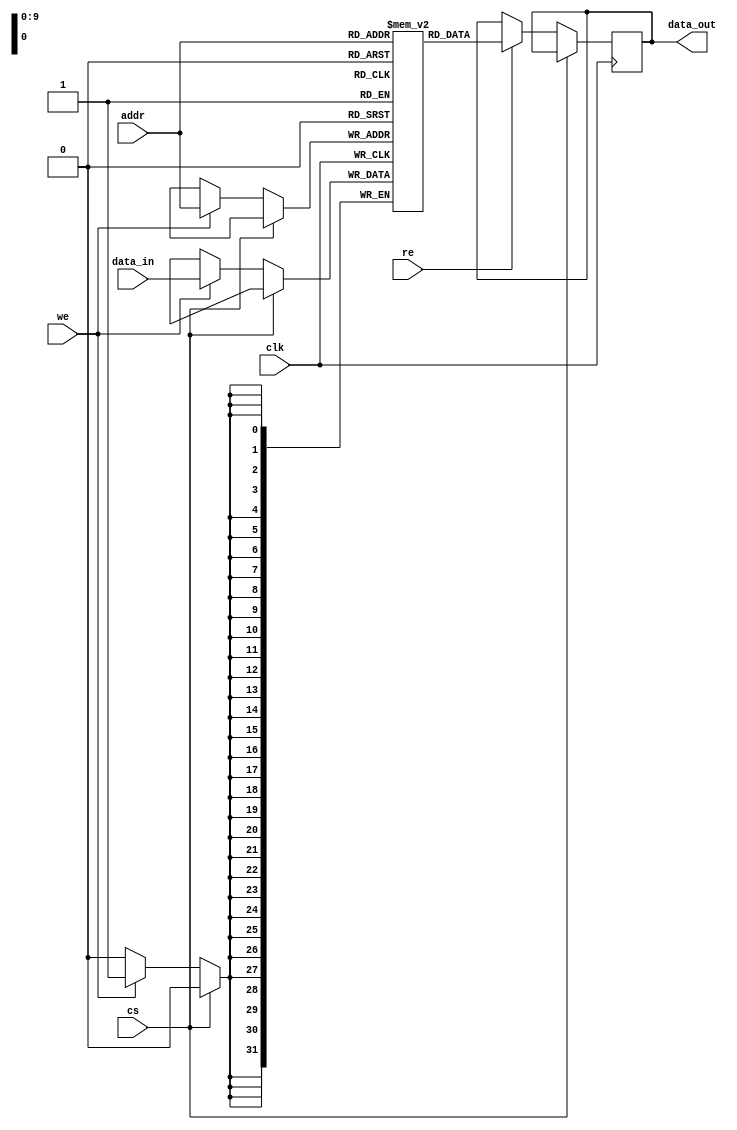
module IO_Blocks_Cache_SRAM #(
    parameter DATA_WIDTH = 32,  // Width of each word in bits
    parameter ADDR_WIDTH = 10    // Address width to access total size
)(
    input wire clk,              // Clock signal
    input wire cs,               // Chip Select (active low)
    input wire we,               // Write Enable (active high)
    input wire re,               // Read Enable (active high)
    input wire [ADDR_WIDTH-1:0] addr, // Address input
    input wire [DATA_WIDTH-1:0] data_in, // Data input for write operations
    output reg [DATA_WIDTH-1:0] data_out // Data output for read operations
);

    // Memory array declaration
    reg [DATA_WIDTH-1:0] memory [(2**ADDR_WIDTH)-1:0];

    // Read and Write operations
    always @(posedge clk) begin
        if (!cs) begin // Chip Select active
            if (we) begin
                // Write operation
                memory[addr] <= data_in;
            end
            if (re) begin
                // Read operation
                data_out <= memory[addr];
            end
        end
    end

endmodule